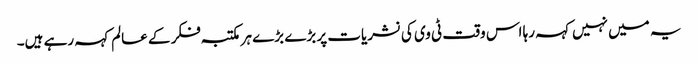
یہ میں نہیں کہہ رہا اس وقت ٹی وی کی نشریات پر بڑے بڑے ہر مکتبہ فکر کے عالم کہہ رہے ہیں۔